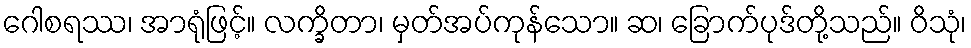
ဂေါစရဿ၊ အာရုံဖြင့်။ လက္ခိတာ၊ မှတ်အပ်ကုန်သော။ ဆ၊ ခြောက်ပုဒ်တို့သည်။ ဝိသုံ၊